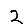
Digit: 2